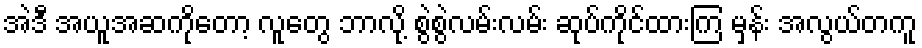
အဲဒီ အယူအဆကိုတော့ လူတွေ ဘာလို့ စွဲစွဲလမ်းလမ်း ဆုပ်ကိုင်ထားကြ မှန်း အလွယ်တကူ